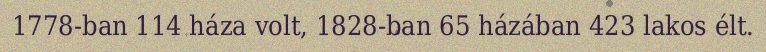
1778-ban 114 háza volt, 1828-ban 65 házában 423 lakos élt.